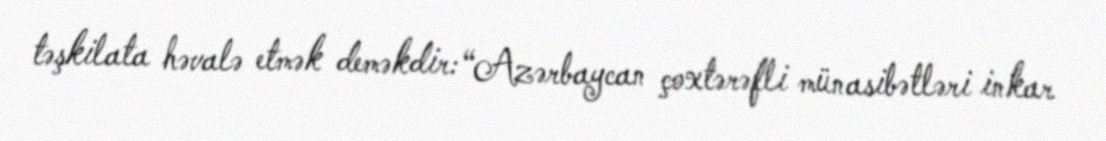
təşkilata həvalə etmək deməkdir: “Azərbaycan çoxtərəfli münasibətləri inkar